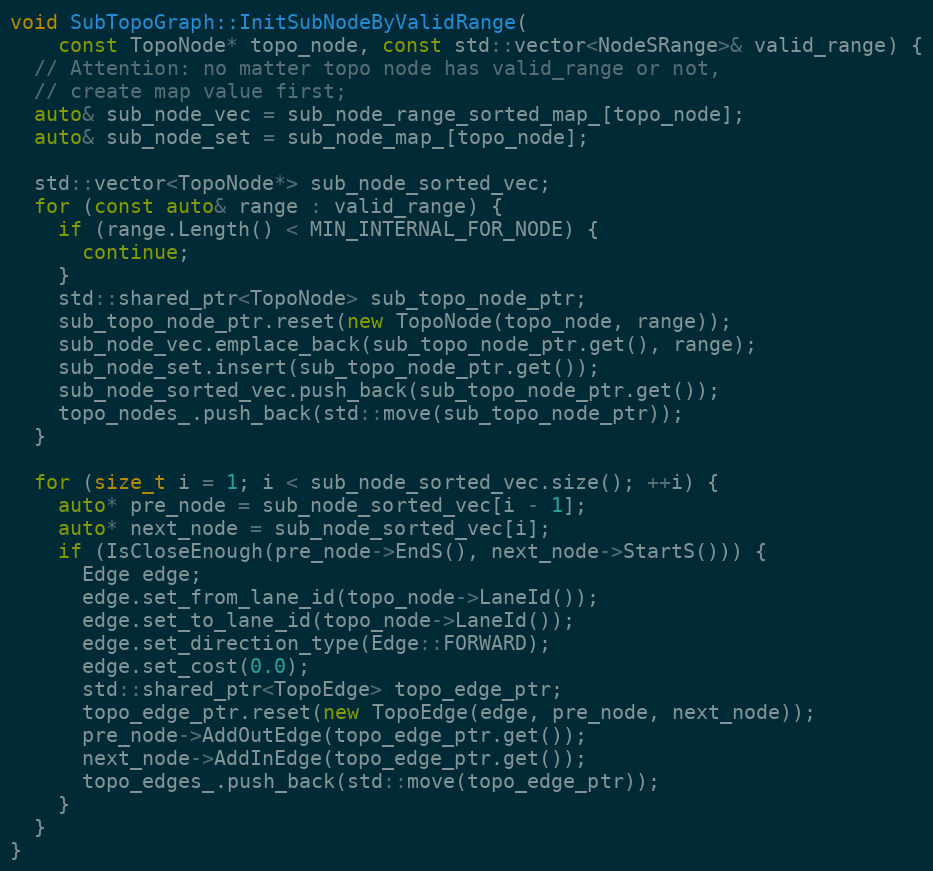
Language: C++
void SubTopoGraph::InitSubNodeByValidRange(
    const TopoNode* topo_node, const std::vector<NodeSRange>& valid_range) {
  // Attention: no matter topo node has valid_range or not,
  // create map value first;
  auto& sub_node_vec = sub_node_range_sorted_map_[topo_node];
  auto& sub_node_set = sub_node_map_[topo_node];

  std::vector<TopoNode*> sub_node_sorted_vec;
  for (const auto& range : valid_range) {
    if (range.Length() < MIN_INTERNAL_FOR_NODE) {
      continue;
    }
    std::shared_ptr<TopoNode> sub_topo_node_ptr;
    sub_topo_node_ptr.reset(new TopoNode(topo_node, range));
    sub_node_vec.emplace_back(sub_topo_node_ptr.get(), range);
    sub_node_set.insert(sub_topo_node_ptr.get());
    sub_node_sorted_vec.push_back(sub_topo_node_ptr.get());
    topo_nodes_.push_back(std::move(sub_topo_node_ptr));
  }

  for (size_t i = 1; i < sub_node_sorted_vec.size(); ++i) {
    auto* pre_node = sub_node_sorted_vec[i - 1];
    auto* next_node = sub_node_sorted_vec[i];
    if (IsCloseEnough(pre_node->EndS(), next_node->StartS())) {
      Edge edge;
      edge.set_from_lane_id(topo_node->LaneId());
      edge.set_to_lane_id(topo_node->LaneId());
      edge.set_direction_type(Edge::FORWARD);
      edge.set_cost(0.0);
      std::shared_ptr<TopoEdge> topo_edge_ptr;
      topo_edge_ptr.reset(new TopoEdge(edge, pre_node, next_node));
      pre_node->AddOutEdge(topo_edge_ptr.get());
      next_node->AddInEdge(topo_edge_ptr.get());
      topo_edges_.push_back(std::move(topo_edge_ptr));
    }
  }
}